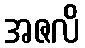
အဇလိ